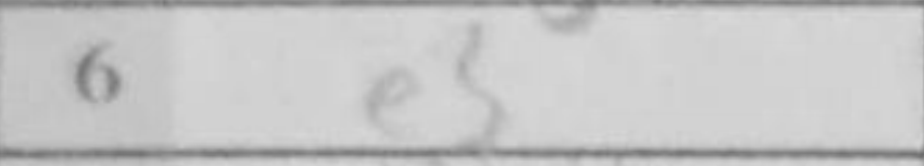
Transcription: e3